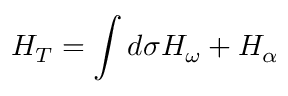
H _ { T } = \int d { \sigma } { \cal H } _ { \omega } + H _ { \alpha }